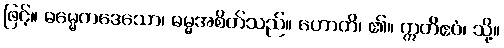
ဖြင့်။ ဓမ္မေကဒေသော၊ ဓမ္မအစိတ်သည်။ ဟောတိ၊ ၏။ ဣတိဧဝံ၊ သို့။